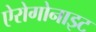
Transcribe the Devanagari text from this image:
ऐरोगोनाइट